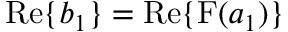
\mathrm { R e } \{ b _ { 1 } \} = \mathrm { R e } \{ \mathrm { F } ( a _ { 1 } ) \}